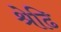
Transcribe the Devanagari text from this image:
श्रेढि